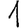
Digit: 1